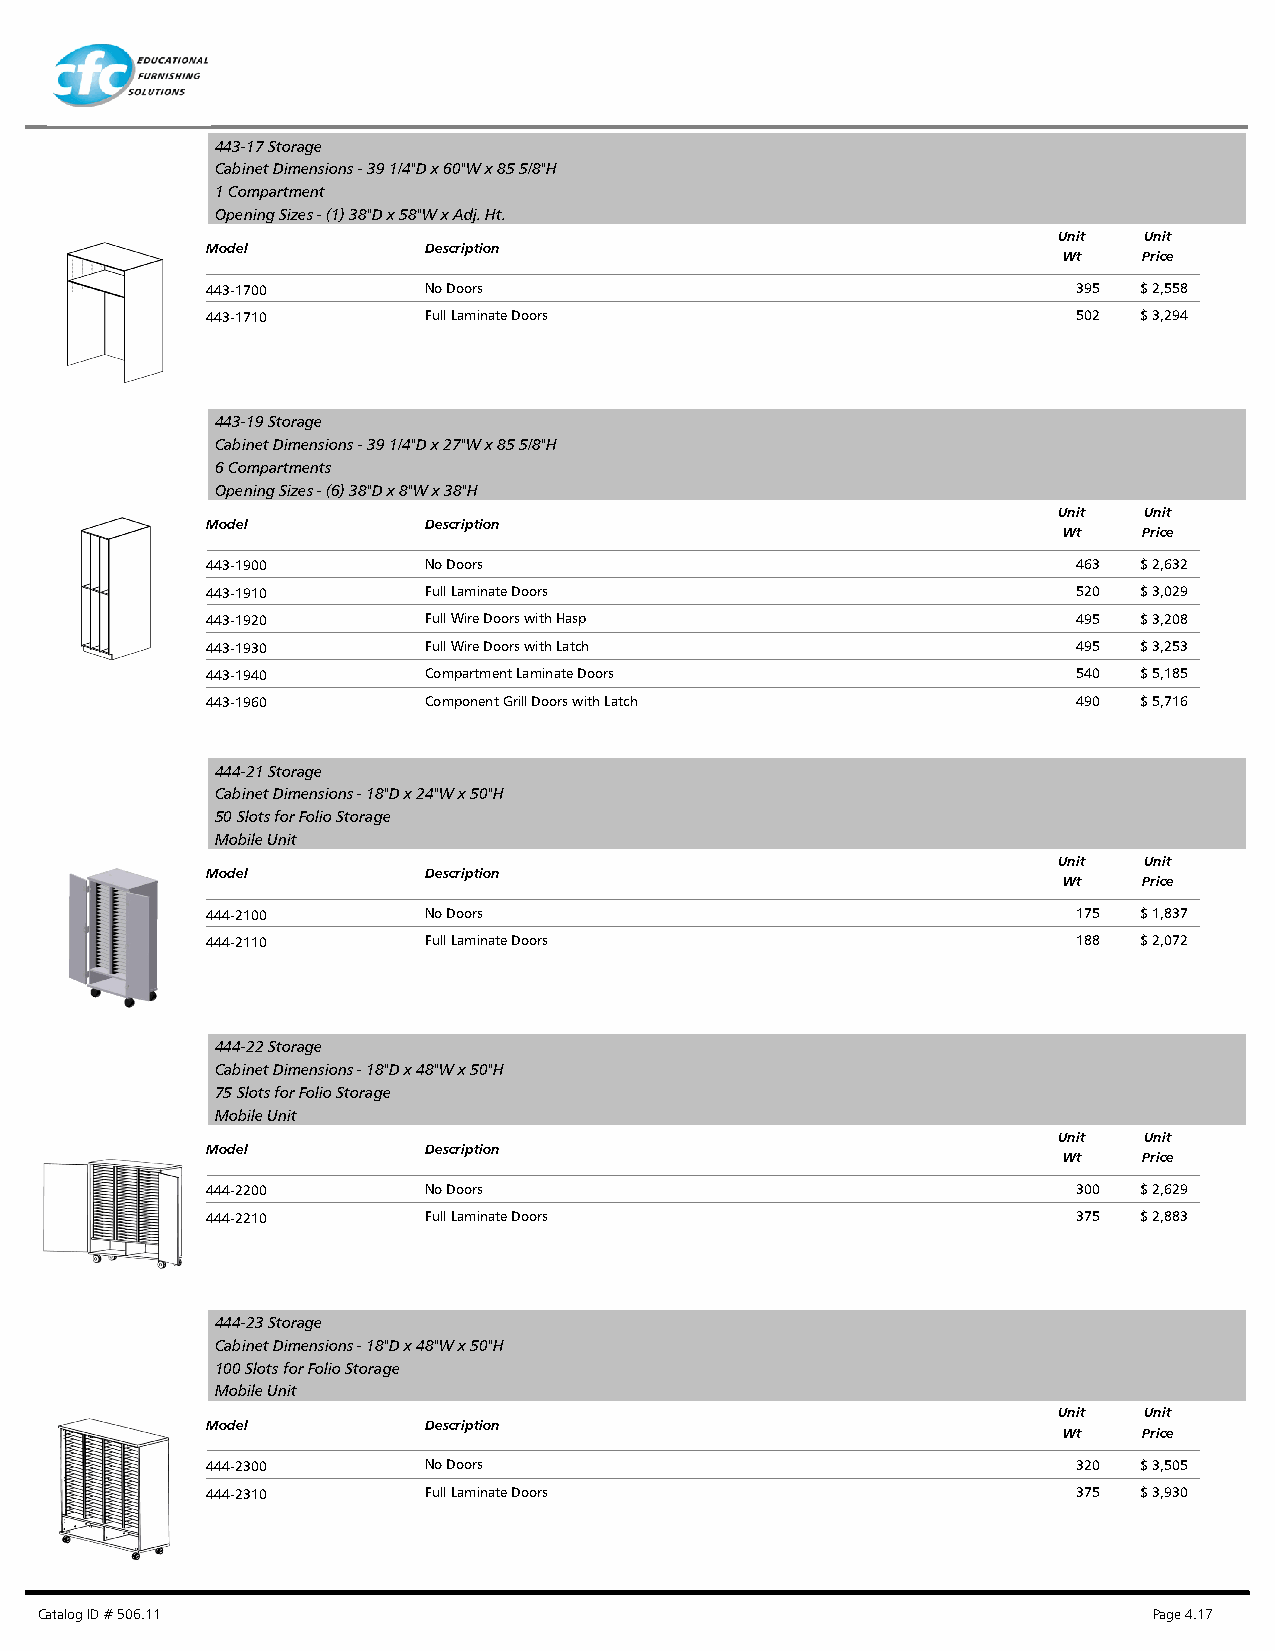
443-17 Storage
 Cabinet Dimensions - 39 1/4"D x 60"W x 85 5/8"H
 1 Compartment
 Opening Sizes - (1) 38"D x 58"W x Adj. Ht.
 Unit  Unit
 Model         Description
 Wt    Price
 443-1700      No Doors                                   395 $ 2,558
 443-1710      Full Laminate Doors                        502 $ 3,294
 443-19 Storage
 Cabinet Dimensions - 39 1/4"D x 27"W x 85 5/8"H
 6 Compartments
 Opening Sizes - (6) 38"D x 8"W x 38"H
 Unit  Unit
 Model         Description
 Wt    Price
 443-1900      No Doors                                   463 $ 2,632
 443-1910      Full Laminate Doors                        520 $ 3,029
 443-1920      Full Wire Doors with Hasp                  495 $ 3,208
 443-1930      Full Wire Doors with Latch                 495 $ 3,253
 443-1940      Compartment Laminate Doors                 540 $ 5,185
 443-1960      Component Grill Doors with Latch           490 $ 5,716
 444-21 Storage
 Cabinet Dimensions - 18"D x 24"W x 50"H
 50 Slots for Folio Storage
 Mobile Unit
 Unit  Unit
 Model         Description
 Wt    Price
 444-2100      No Doors                                   175 $ 1,837
 444-2110      Full Laminate Doors                        188 $ 2,072
 444-22 Storage
 Cabinet Dimensions - 18"D x 48"W x 50"H
 75 Slots for Folio Storage
 Mobile Unit
 Unit  Unit
 Model         Description
 Wt    Price
 444-2200      No Doors                                   300 $ 2,629
 444-2210      Full Laminate Doors                        375 $ 2,883
 444-23 Storage
 Cabinet Dimensions - 18"D x 48"W x 50"H
 100 Slots for Folio Storage
 Mobile Unit
 Unit  Unit
 Model         Description
 Wt    Price
 444-2300      No Doors                                   320 $ 3,505
 444-2310      Full Laminate Doors                        375 $ 3,930
 Catalog ID # 506.11                                                       Page 4.17